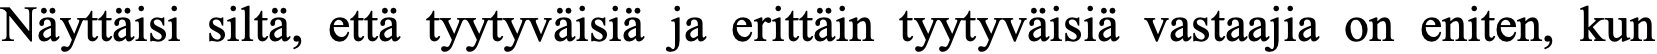
Näyttäisi siltä, että tyytyväisiä ja erittäin tyytyväisiä vastaajia on eniten, kun